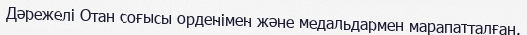
Дәрежелі Отан соғысы орденімен және медальдармен марапатталған.